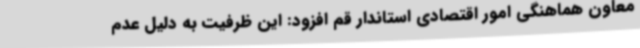
معاون هماهنگی امور اقتصادی استاندار قم افزود: این ظرفیت به دلیل عدم